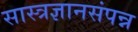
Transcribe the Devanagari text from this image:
सास्त्रज्ञानसंपन्न